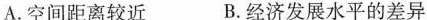
A.空间距离较近 B.经济发展水平的差异